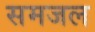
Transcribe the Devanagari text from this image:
समजल